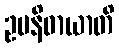
ဥပနိဓာယာတိ